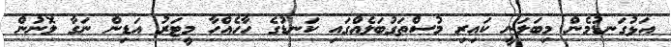
އަޅުގަނޑުމެން މިބަލަނީ ކައިރި މުސްތަގުބަލެއްގައި ކަނޑުގެ ހާހެއްހާ މީޓަރު އަޑިން ނަގާ ލޮނުން